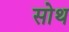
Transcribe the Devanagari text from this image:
सोथ